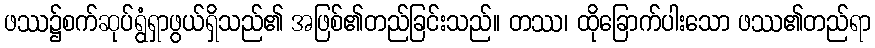
ဖဿ၌စက်ဆုပ်ရွံရှာဖွယ်ရှိသည်၏ အဖြစ်၏တည်ခြင်းသည်။ တဿ၊ ထိုခြောက်ပါးသော ဖဿ၏တည်ရာ